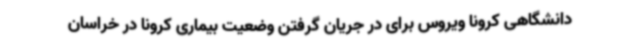
دانشگاهی کرونا ویروس برای در جریان گرفتن وضعیت بیماری کرونا در خراسان